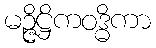
မဉ္ဇိဋ္ဌိကဝဒ္ဓိကာ